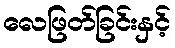
လေဖြတ်ခြင်းနှင့်